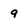
Character: 9